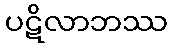
ပဋိလာဘဿ